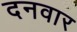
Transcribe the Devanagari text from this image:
दनवार